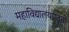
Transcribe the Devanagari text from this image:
महाविद्यालयपदवी